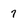
Character: 7